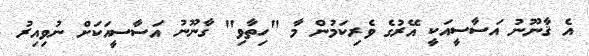
އެ ޤާނޫނު އަސާސީއަކީ އޭރުގެ ވެރިކަމުން މާ "ހިތާވި" ގާނޫނު އަސާސީއަކަށް ނުވިއިރު